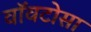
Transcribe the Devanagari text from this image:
वॉवटोसा